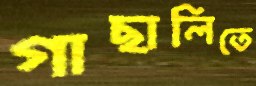
গাছালিতে